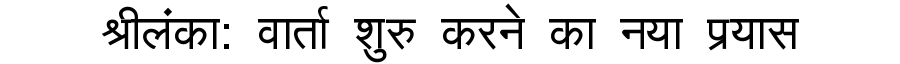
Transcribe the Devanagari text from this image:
श्रीलंका: वार्ता शुरु करने का नया प्रयास